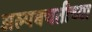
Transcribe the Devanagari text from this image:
अल्पबचतीच्या